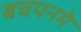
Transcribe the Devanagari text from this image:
बचपनमे